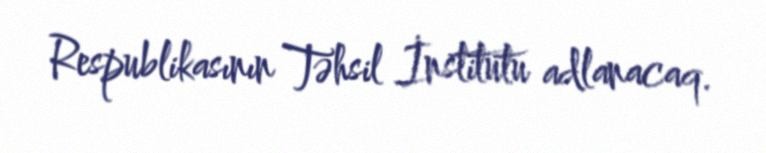
Respublikasının Təhsil İnstitutu adlanacaq.